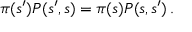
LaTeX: \pi ( s ^ { \prime } ) P ( s ^ { \prime } , s ) = \pi ( s ) P ( s , s ^ { \prime } ) \, .